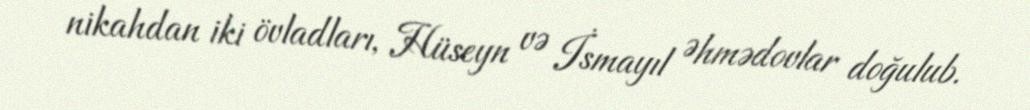
nikahdan iki övladları, Hüseyn və İsmayıl Əhmədovlar doğulub.